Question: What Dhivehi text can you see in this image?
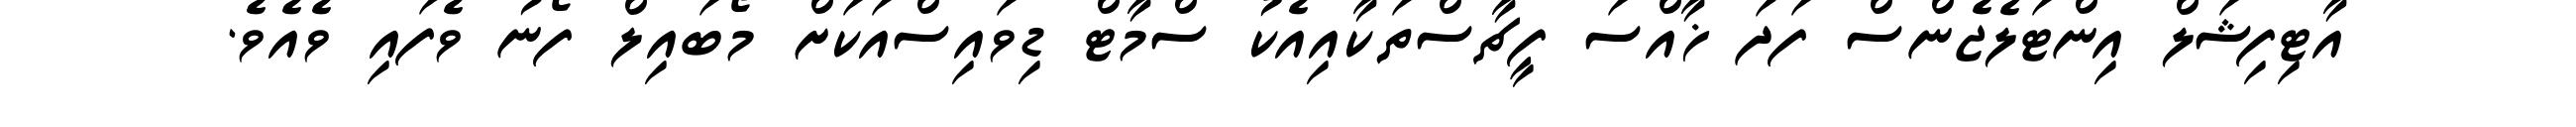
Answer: އާޓިފިޝަލް އިންޓަލެޖެންސް ފަދަ ޚާއްސަ ފީޗާސްތަކާއިއެކު ސްމާޓް ޑިވައިސްއަކަށް މޯބައިލް ފޯނު ވެފައި ވެއެވެ.